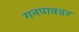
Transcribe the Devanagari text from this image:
गनपावडर